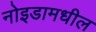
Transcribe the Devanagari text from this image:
नोइडामधील